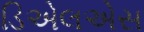
ડિએલએસ